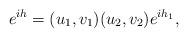
LaTeX: \begin{align*}e^{ih}=(u_1,v_1)(u_2,v_2)e^{ih_1},\end{align*}